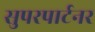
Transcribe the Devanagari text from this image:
सुपरपार्टनर